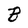
Character: B